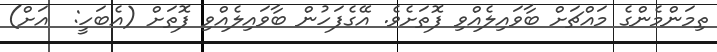
ތިމަންމެންގެ މައްޗަށް ބާވައިލެއްވި ފޮތަށެވެ. އޭގެފަހުން ބާވައިލެއްވި ފޮތަށް (އެބަހީ:  އަށް)